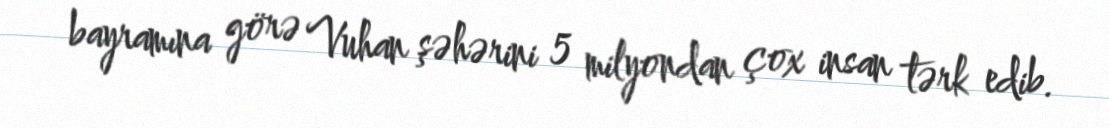
bayramına görə Vuhan şəhərini 5 milyondan çox insan tərk edib.